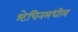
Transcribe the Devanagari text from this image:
श्टेचिनमधील